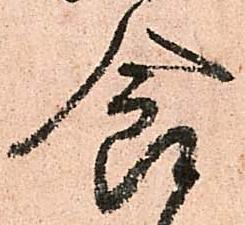
食